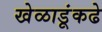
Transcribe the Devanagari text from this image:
खेळाडूंकढे